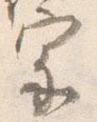
宗